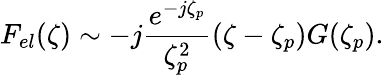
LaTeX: F_{el}(\zeta)\sim-j\frac{e^{-j\zeta_{p}}}{\zeta_{p}^{2}}(\zeta-\zeta_{p})G(\zeta_{p}).